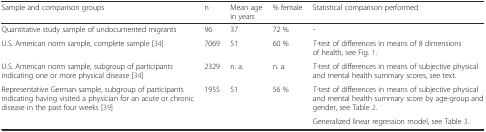
| Sample and comparison groups | n | Mean age in years | % female | Statistical comparison performed |
 | --- | --- | --- | --- | --- |
 | Quantitative study sample of undocumented migrants | 96 | 37 | 72 % | - |
 | U.S. American norm sample, complete sample [34] | 7069 | 51 | 60 % | T-test of differences in means of 8 dimensions of health, see Fig. 1. |
 | U.S. American norm sample, subgroup of participants indicating one or more physical disease [34] | 2329 | n. a. | n. a. | T-test of differences in means of subjective physical and mental health summary scores, see text. |
 | <ROWSPAN=2> Representative German sample, subgroup of participants indicating having visited a physician for an acute or chronic disease in the past four weeks [39] | <ROWSPAN=2> 1955 | <ROWSPAN=2> 51 | <ROWSPAN=2> 56 % | T-test of differences in means of subjective physical and mental health summary score by age-group and gender, see Table 2. |
 | Generalized linear regression model, see Table 3. |